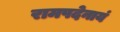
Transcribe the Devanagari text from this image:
रामपदेनायं